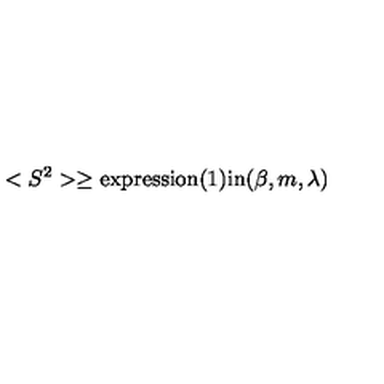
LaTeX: < S ^ { 2 } > \ge \mathrm { e x p r e s s i o n ( 1 ) i n } ( \beta , m , \lambda )